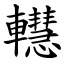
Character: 䡺